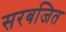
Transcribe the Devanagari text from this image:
सरबजित